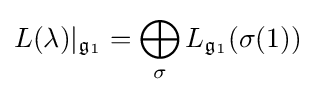
L(\lambda )|_{{\mathfrak {g}}_{1}}=\bigoplus _{\sigma }L_{{\mathfrak {g}}_{1}}(\sigma (1))